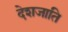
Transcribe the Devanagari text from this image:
देशजाति